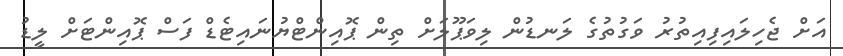
އަށް ޖެހިލައިފިއިތުރު ވަގުތުގެ ލަނޑުން ލިވަޕޫލަށް ތިން ޕޮއިންޓްޔުނައިޓެޑް ފަސް ޕޮއިންޓަށް ލީޑު